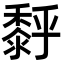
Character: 𪏹